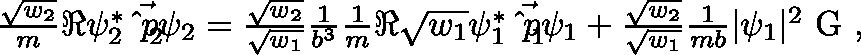
\begin{array} { r } { \frac { \sqrt { w _ { 2 } } } { m } \Re { \psi _ { 2 } ^ { * } \vec { \hat { p } _ { 2 } } \psi _ { 2 } } = \frac { \sqrt { w _ { 2 } } } { \sqrt { w _ { 1 } } } \frac { 1 } { b ^ { 3 } } \frac { 1 } { m } \Re { \sqrt { w _ { 1 } } \psi _ { 1 } ^ { * } \vec { \hat { p } _ { 1 } } \psi _ { 1 } } + \frac { \sqrt { w _ { 2 } } } { \sqrt { w _ { 1 } } } \frac { 1 } { m b } | \psi _ { 1 } | ^ { 2 } \textnormal { \boldmath G } , } \end{array}